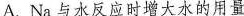
A.Na与水反应时增大水的用量